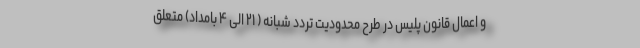
و اعمال قانون پلیس در طرح محدودیت تردد شبانه ( ۲۱ الی ۴ بامداد) متعلق